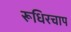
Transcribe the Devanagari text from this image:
रूधिरचाप